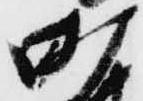
町